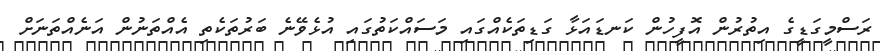
ރަސްމީގަޑީގެ އިތުރުން އޮފީހުން ކަނޑައަޅާ ގަޑިތަކެއްގައި މަސައްކަތުގައި އުޅެވޭނެ ބަރުތަކެތި އެއްތަނުން އަނެއްތަނަށް